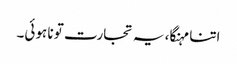
اتنا مہنگا، یہ تجارت تو نا ہوئی۔